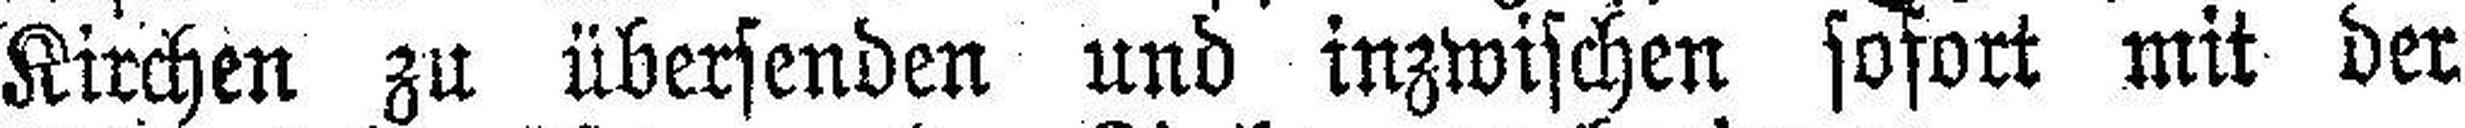
Kirchen zu übersenden und inzwischen sofort mit der